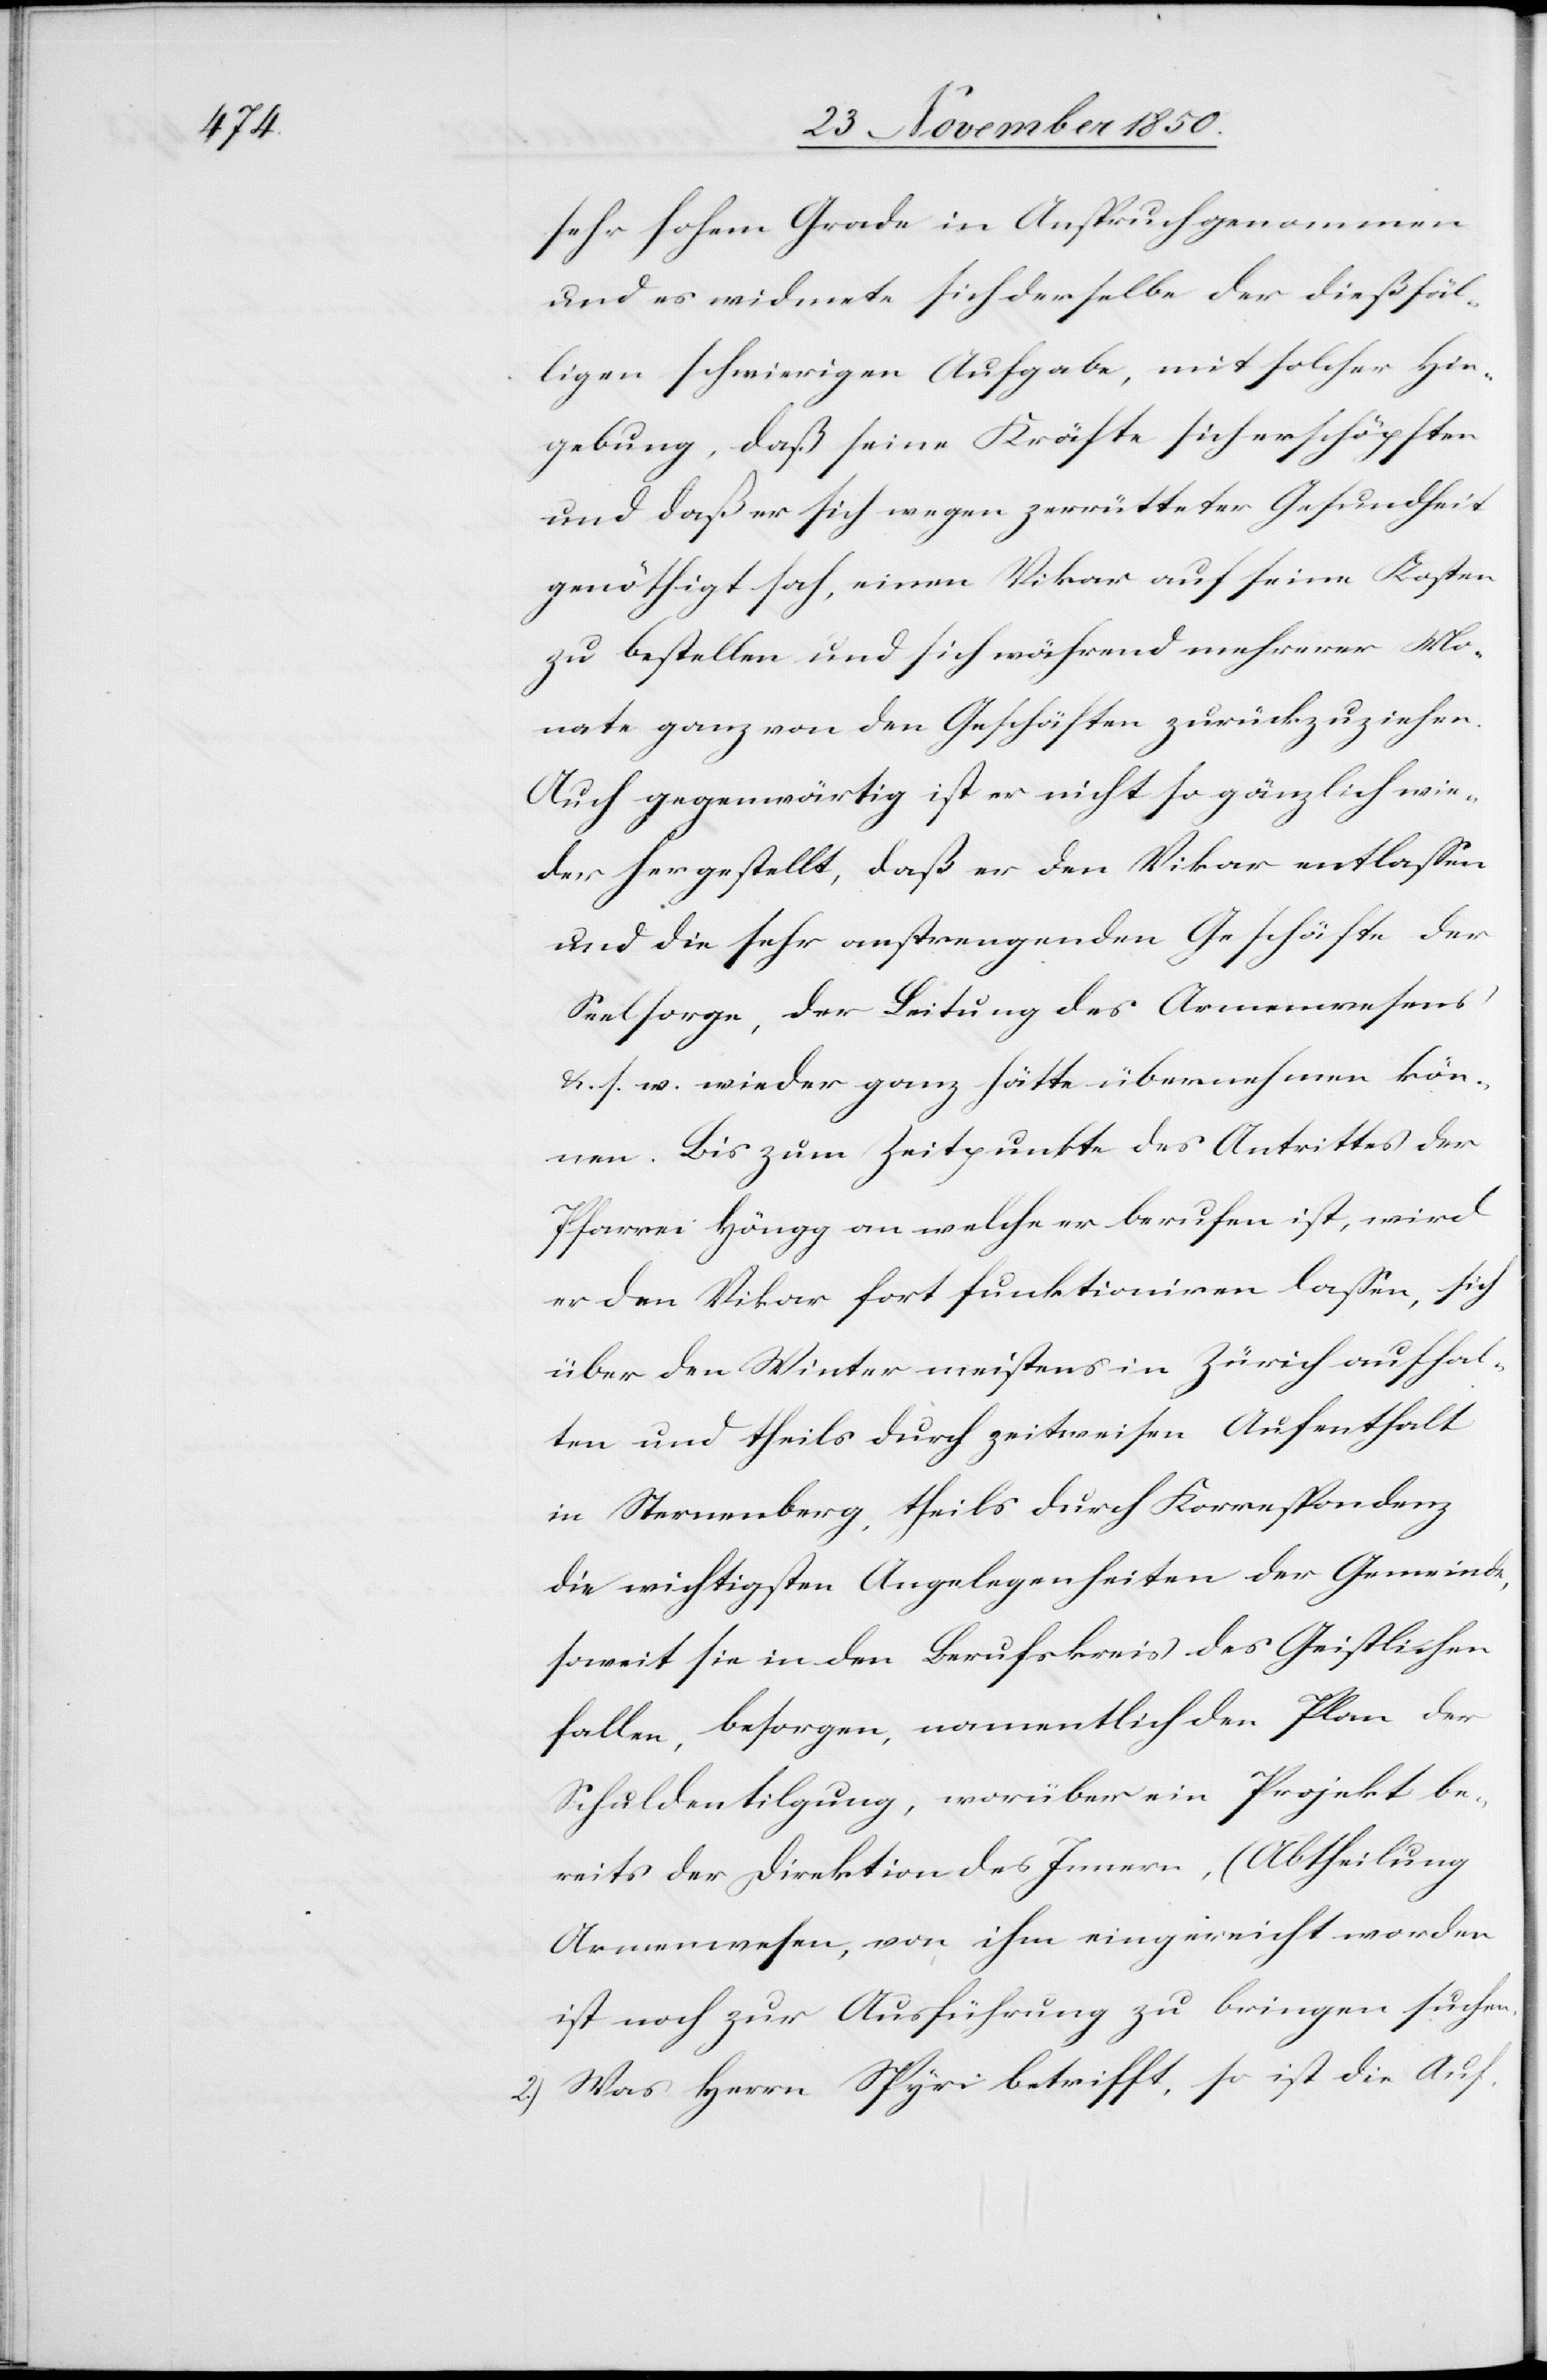
sehr hohem Grade in Anspruch genommen
und es widmete sich derselbe der dießfäl¬
ligen schwierigen Aufgabe, mit solcher Hinge¬
bung, daß er sich wegen zerrütteter Gesundheit
genöthigt sah, einen Vikar auf seine Kosten
zu bestellen und sich während mehrerer Mo¬
nate ganz von den Geschäften zurückzuziehen.
Auch gegenwärtig ist er nicht so gänzlich wie¬
der hergestellt, daß er den Vikar entlassen
und die sehr anstrengenden Geschäfte der
Seelsorge, der Leitung des Armenwesens
u. s. w. wieder ganz hätte übernehmen kön¬
nen. Bis zum Zeitpunkte des Antrittes der
Pfarrei Höngg an welche er berufen ist, wird
er den Vikar fort funktioniren lassen, sich
über den Winter meistens in Zürich aufhal¬
ten und theils durch zeitweisen Aufenthalt
in Sternenberg, theils durch Korrespondenz
die wichtigsten Angelegenheiten der Gemeinde,
soweit sie in den Berufskreis des Geistlichen
fallen, besorgen, namentlich den Plan der
Schuldentilgung, worüber ein Projekt be¬
reits der Direktion des Innern, (Abtheilung
Armenwesen[)], von ihm eingereicht worden
ist noch zur Ausführung zu bringen suchen.
2.) Was Herrn Spyri betrifft, so ist die Auf-